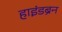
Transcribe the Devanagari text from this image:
हाइंडब्रेन